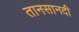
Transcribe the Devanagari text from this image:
तानसानदी